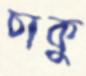
চাকু